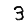
Digit: 3